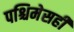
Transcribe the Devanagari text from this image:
पश्चिमेसही